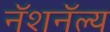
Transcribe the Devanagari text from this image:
नॅशनॅल्य